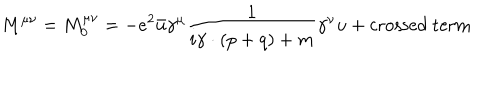
LaTeX: M ^ { \mu \nu } = M _ { 0 } ^ { \mu \nu } = - e ^ { 2 } \bar { u } \gamma ^ { \mu } \frac { 1 } { i \gamma \cdot ( p + q ) + m } \gamma ^ { \nu } u + \mathrm { c r o s s e d ~ t e r m }